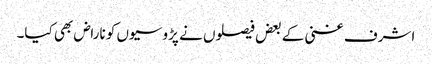
اشرف غنی کے بعض فیصلوں نے پڑوسیوں کو ناراض بھی کیا۔